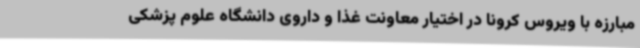
مبارزه با ویروس کرونا در اختیار معاونت غذا و داروی دانشگاه علوم پزشکی